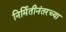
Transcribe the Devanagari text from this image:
निर्मितीनंतरच्‍या